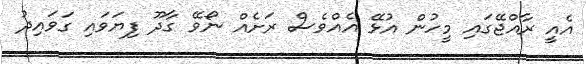
އެއީ ރާއްޖޭގައި މީހުން އުޅޭ އެއްވެސް ރަށެއް ނޯވޭ ގާދޫ ފިޔަވައި ގަވައިދު